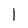
Character: 1